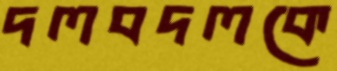
দলবদলকে